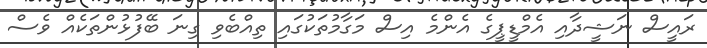
ރައީސް ނަޝީދާއި އެމްޑީޕީގެ އެންމެ އިސް މަގާމުތަކުގައި ތިއްބެވި ގިނަ ބޭފުޅުންތަކެއް ވެސް